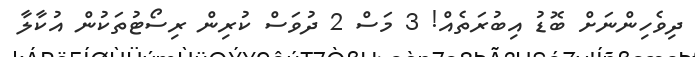
ދިވެހިންނަށް ބޮޑު އިބުރަތެއް! 3 މަސް 2 ދުވަސް ކުރިން ރިސޯޓުތަކުން އުކާލާ